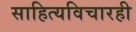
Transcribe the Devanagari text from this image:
साहित्यविचारही